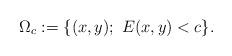
LaTeX: \begin{align*}\Omega_c:=\{(x,y);\ E(x,y)<c\}.\end{align*}